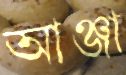
আঞ্জা